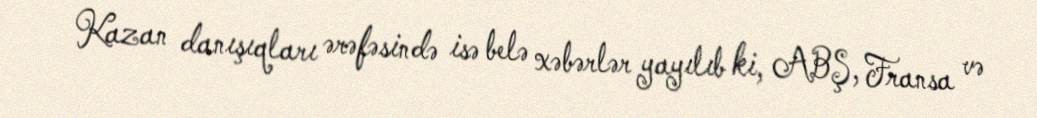
Kazan danışıqları ərəfəsində isə belə xəbərlər yayılıb ki, ABŞ, Fransa və